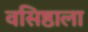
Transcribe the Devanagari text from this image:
वसिष्ठाला